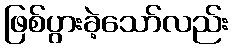
ဖြစ်ပွားခဲ့သော်လည်း